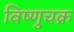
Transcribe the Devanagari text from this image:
विष्णुचक्र